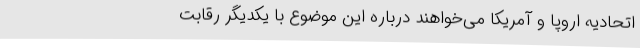
اتحادیه اروپا و آمریکا می‌خواهند درباره این موضوع با یکدیگر رقابت